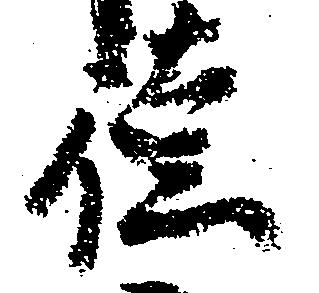
徳